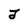
Character: T